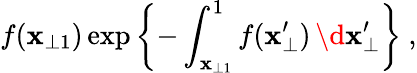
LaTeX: f(\mathbf{x}_{\perp1})\exp\left\{ -\int_{\mathbf{x}_{\perp1}}^{1}f(\mathbf{x}_{\perp}^{\prime})\, \d{\mathbf{x}}_{\perp}^{\prime}\right\} ~,